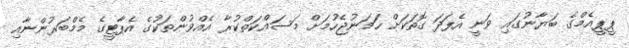
ޕީޕީއެމްގެ ބަޔާނުގައި ވަނީ އެފަދަ ގޮތަކަށް ހަމަނުޖެހުމަށް މަސައްކަތްކުރާ އެއްވުންތަކުގެ އެޕާޓީގެ މެމްބަރުންނާއި